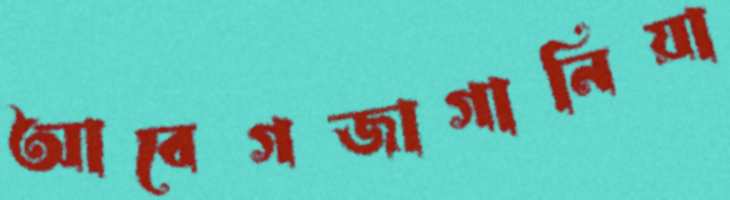
আবেগজাগানিয়া